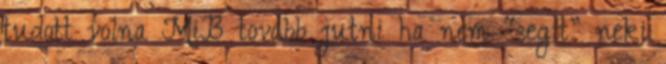
tudott volna MiB tovább jutni ha nem “segít” neki